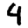
Digit: 4